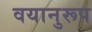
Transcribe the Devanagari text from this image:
वयानुरूप